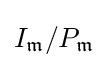
I_{\mathfrak {m}}/P_{\mathfrak {m}}